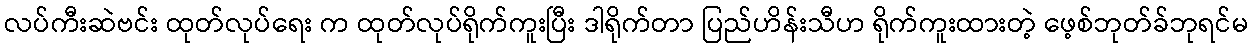
လပ်ကီးဆဲဗင်း ထုတ်လုပ်ရေး က ထုတ်လုပ်ရိုက်ကူးပြီး ဒါရိုက်တာ ပြည်ဟိန်းသီဟ ရိုက်ကူးထားတဲ့ ဖေ့စ်ဘုတ်ခ်ဘုရင်မ